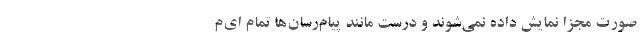
صورت مجزا نمایش داده نمی‌شوند و درست مانند پیام‌رسان‌ها تمام ای‌م